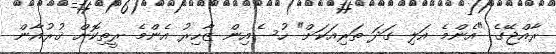
ރާއްޖޭގެ "އެންމެ އަލި ގަދަ ތަރިއަކަށް" ހުސެއިން ޒާހިރު އެންމެ ރީތިކޮށް ޤުރުއާން